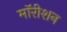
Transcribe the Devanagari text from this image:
मॉरीशन